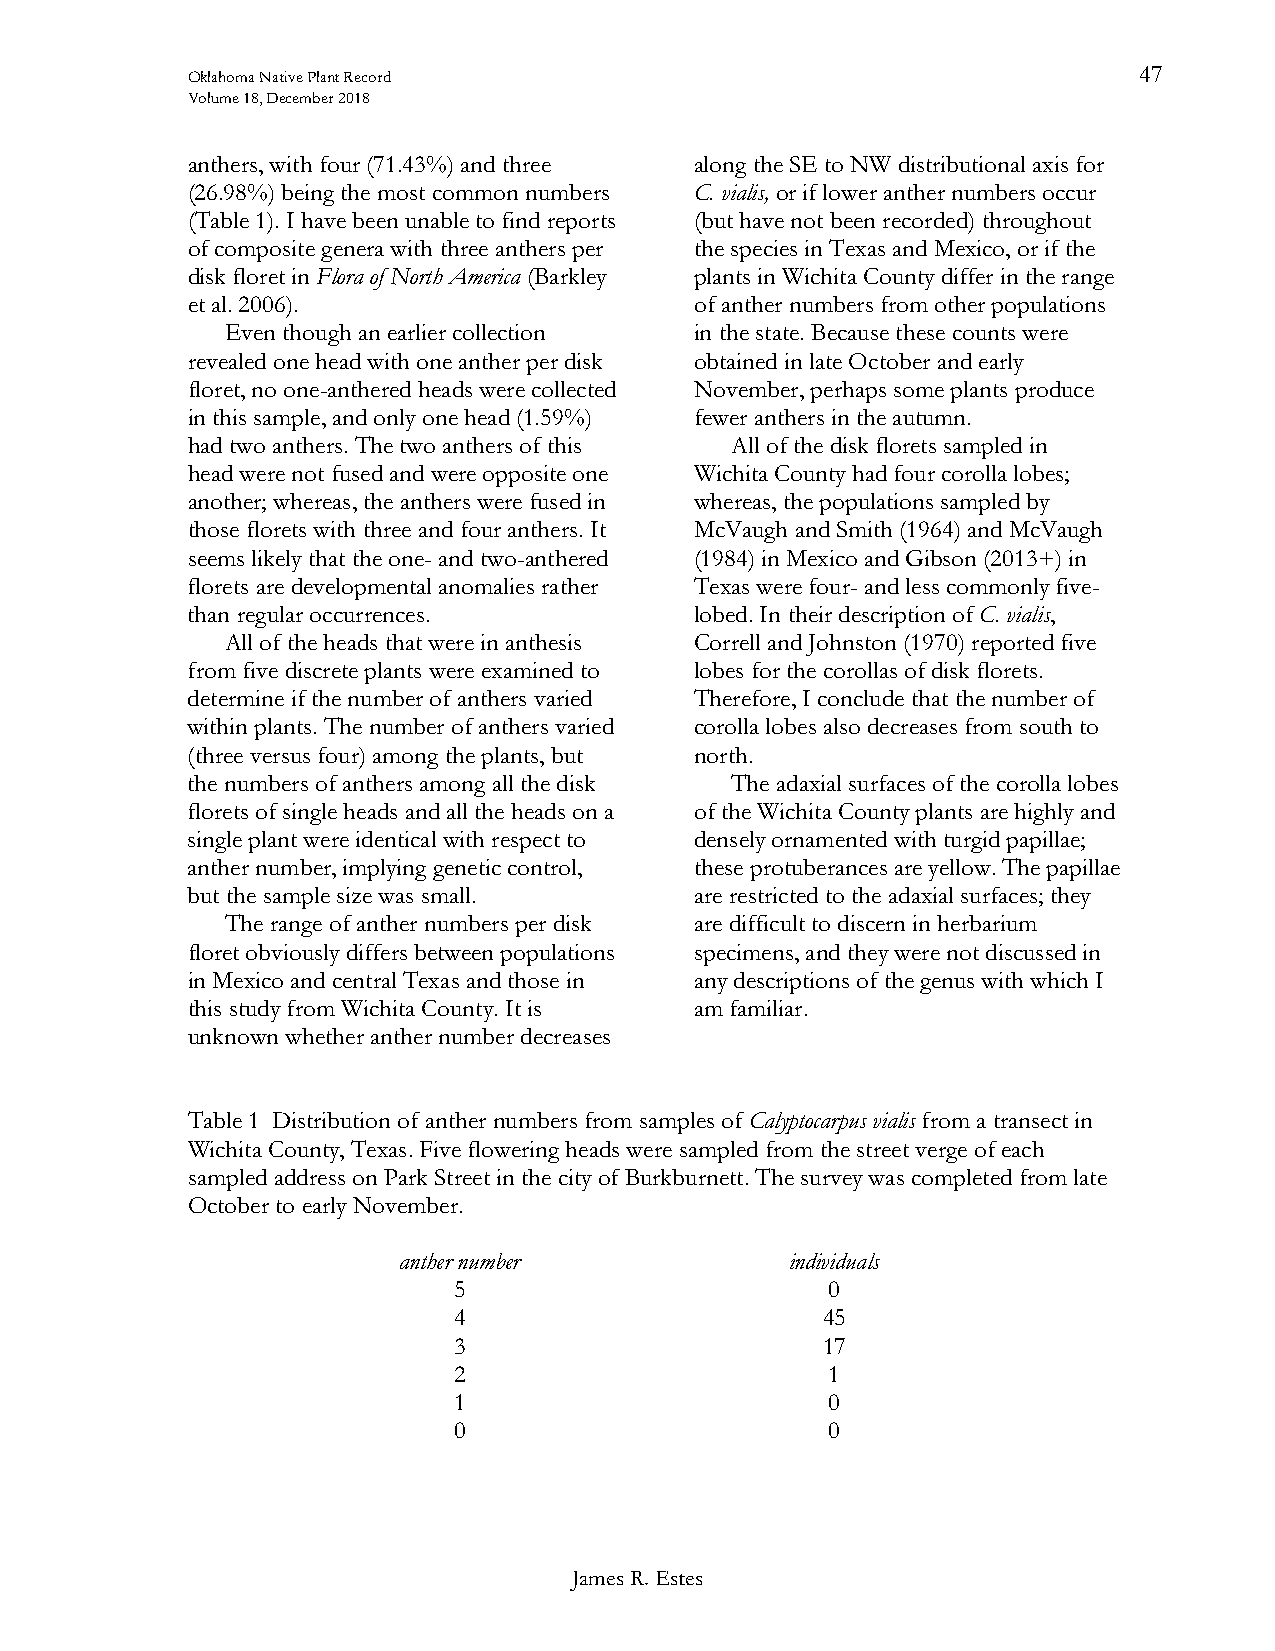
Oklahoma Native Plant Record                                   47
 Volume 18, December 2018
 anthers, with four (71.43%) and three along the SE to NW distributional axis for
 (26.98%) being the most common numbers C. vialis, or if lower anther numbers occur
 (Table 1). I have been unable to find reports (but have not been recorded) throughout
 of composite genera with three anthers per the species in Texas and Mexico, or if the
 disk floret in Flora of North America (Barkley plants in Wichita County differ in the range
 et al. 2006).                     of anther numbers from other populations
 Even though an earlier collection in the state. Because these counts were
 revealed one head with one anther per disk obtained in late October and early
 floret, no one-anthered heads were collected November, perhaps some plants produce
 in this sample, and only one head (1.59%) fewer anthers in the autumn.
 had two anthers. The two anthers of this All of the disk florets sampled in
 head were not fused and were opposite one Wichita County had four corolla lobes;
 another; whereas, the anthers were fused in whereas, the populations sampled by
 those florets with three and four anthers. It McVaugh and Smith (1964) and McVaugh
 seems likely that the one- and two-anthered (1984) in Mexico and Gibson (2013+) in
 florets are developmental anomalies rather Texas were four- and less commonly five-
 than regular occurrences.         lobed. In their description of C. vialis,
 All of the heads that were in anthesis Correll and Johnston (1970) reported five
 from five discrete plants were examined to lobes for the corollas of disk florets.
 determine if the number of anthers varied Therefore, I conclude that the number of
 within plants. The number of anthers varied corolla lobes also decreases from south to
 (three versus four) among the plants, but north.
 the numbers of anthers among all the disk The adaxial surfaces of the corolla lobes
 florets of single heads and all the heads on a of the Wichita County plants are highly and
 single plant were identical with respect to densely ornamented with turgid papillae;
 anther number, implying genetic control, these protuberances are yellow. The papillae
 but the sample size was small.    are restricted to the adaxial surfaces; they
 The range of anther numbers per disk are difficult to discern in herbarium
 floret obviously differs between populations specimens, and they were not discussed in
 in Mexico and central Texas and those in any descriptions of the genus with which I
 this study from Wichita County. It is am familiar.
 unknown whether anther number decreases
 Table 1 Distribution of anther numbers from samples of Calyptocarpus vialis from a transect in
 Wichita County, Texas. Five flowering heads were sampled from the street verge of each
 sampled address on Park Street in the city of Burkburnett. The survey was completed from late
 October to early November.
 anther number             individuals
 5                        0
 4                       45
 3                       17
 2                        1
 1                        0
 0                        0
 James R. Estes